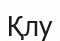
Қлу